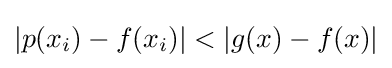
|p(x_{i})-f(x_{i})|<|g(x)-f(x)|